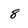
Character: 8